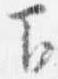
下